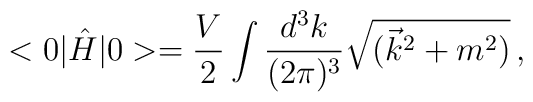
<0|\hat{H}|0>=\frac{V}{2} \int \frac{d^3 k}{(2\pi)^3}\sqrt{(\vec{k}^2+m^2)}\,,